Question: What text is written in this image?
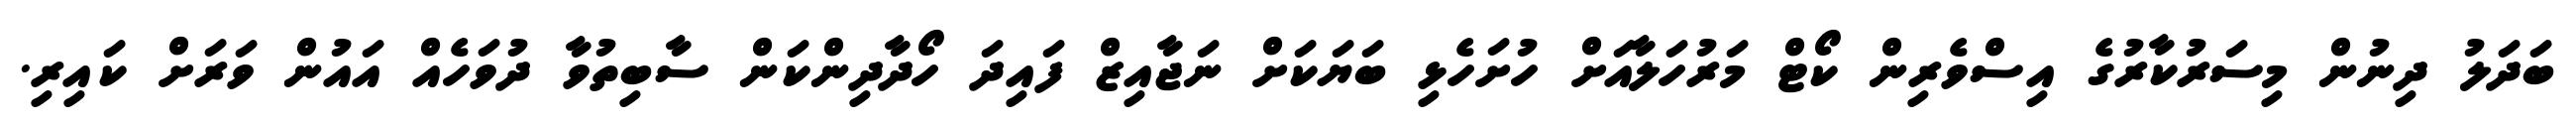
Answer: ބަދަލު ދިނުން މިސަރުކާރުގެ އިސްވެރިން ކޯޓް މަރުހަލާއަށް ހުށަހެޅި ބަޔަކަށް ނަޖާއިޒް ފައިދަ ހޯދާދިންކަން ސާބިތުވާ ދުވަހެއް އައުން ވަރަށް ކައިރި.